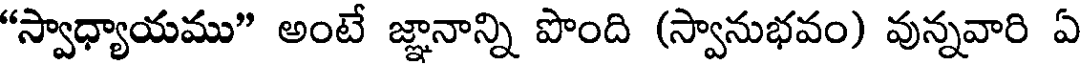
"స్వాధ్యాయము" అంటే జ్ఞానాన్ని పొంది (స్వానుభవం) వున్నవారి ఏ